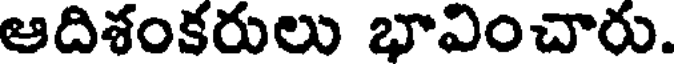
ఆదిశంకరులు భావించారు.